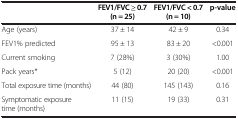
<table><thead><tr><td><b> </b></td><td><b>FEV1/FVC ≥ 0.7 (n = 25)</b></td><td><b>FEV1/FVC &lt; 0.7 (n = 10)</b></td><td><b>p-value</b></td></tr></thead><tbody><tr><td>Age (years)</td><td>37 ± 14</td><td>42 ± 9</td><td>0.34</td></tr><tr><td>FEV1% predicted</td><td>95 ± 13</td><td>83 ± 20</td><td>&lt;0.001</td></tr><tr><td>Current smoking</td><td>7 (28%)</td><td>3 (30%)</td><td>1.00</td></tr><tr><td>Pack years*</td><td>5 (12)</td><td>20 (20)</td><td>&lt;0.001</td></tr><tr><td>Total exposure time (months)</td><td>44 (80)</td><td>145 (143)</td><td>0.16</td></tr><tr><td>Symptomatic exposure time (months)</td><td>11 (15)</td><td>19 (33)</td><td>0.31</td></tr></tbody></table>